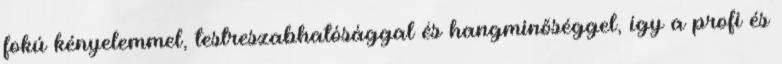
fokú kényelemmel, testreszabhatósággal és hangminőséggel, így a profi és